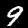
Digit: 9